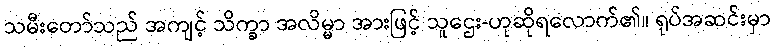
သမီးတော်သည် အကျင့် သိက္ခာ အလိမ္မာ အားဖြင့် သူဌေး-ဟုဆိုရလောက်၏။ ရုပ်အဆင်းမှာ